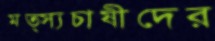
মত্স্যচাষীদের